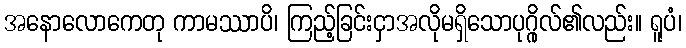
အနောလောကေတု ကာမဿာပိ၊ ကြည့်ခြင်းငှာအလိုမရှိသောပုဂ္ဂိုလ်၏လည်း။ ရူပံ၊